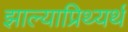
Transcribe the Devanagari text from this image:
झाल्याप्रिथ्यर्थ